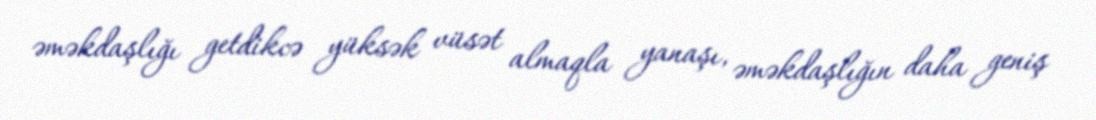
əməkdaşlığı getdikcə yüksək vüsət almaqla yanaşı, əməkdaşlığın daha geniş